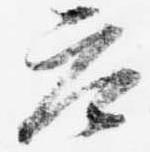
参